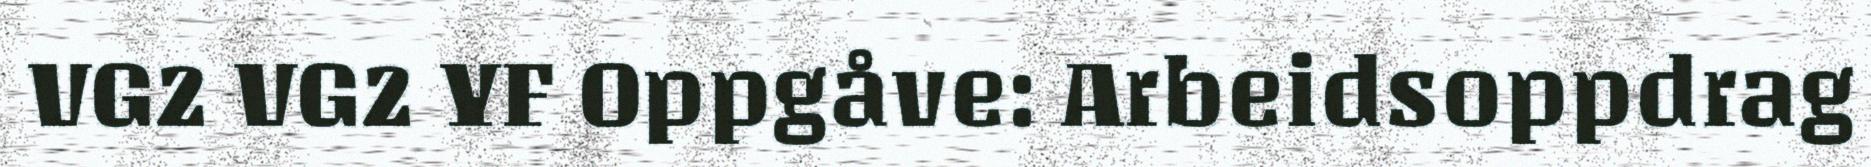
VG2 VG2 YF Oppgåve: Arbeidsoppdrag